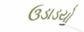
ઉડાડયો